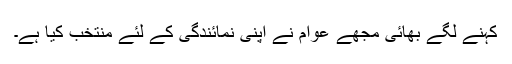
کہنے لگے بھائی مجھے عوام نے اپنی نمائندگی کے لئے منتخب کیا ہے۔